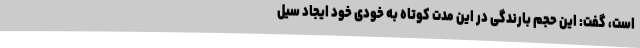
است، گفت: این حجم بارندگی در این مدت کوتاه به خودی خود ایجاد سیل